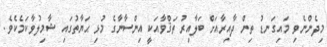
މިދެންނެވި މައިގަނޑު ތިން ދާއިރާއަށް ބަލާއިރު ތަޤްވާއަކީ އިންސާނާގެ މުޅި ޙަޔާތުގައި ޝާމިލުވާކަމެކެވެ.